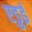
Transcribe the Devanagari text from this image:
एडुई